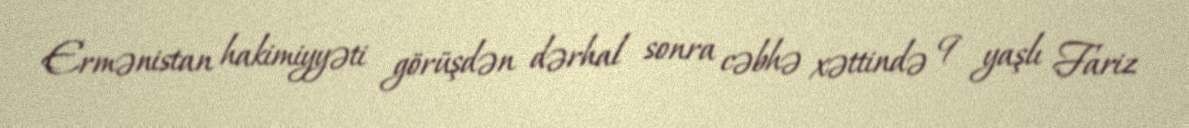
Ermənistan hakimiyyəti görüşdən dərhal sonra cəbhə xəttində 9 yaşlı Fariz